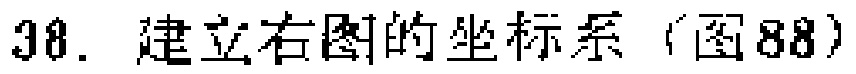
38. 建立右图的坐标系（图88）